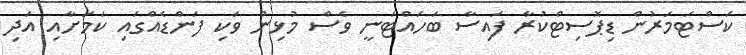
ކަސްޓަމަރުން ޑިޕޮސިޓްކުރާ ފައިސާ ބަހައްޓަނީ ވެސް މުޅިން ވަކި ފަންޑެއްގައި ކަމަށާއި އަދި